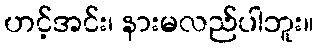
ဟင့်အင်း၊ နားမလည်ပါဘူး။